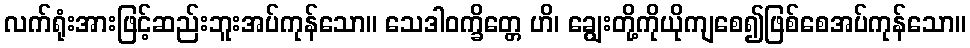
လက်ရုံးအားဖြင့်ဆည်းဘူးအပ်ကုန်သော။ သေဒါဝက္ခိတ္တေ ဟိ၊ ချွေးတို့ကိုယိုကျစေ၍ဖြစ်စေအပ်ကုန်သော။